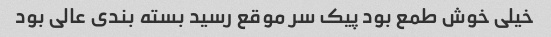
خیلی خوش طمع بود پیک سر موقع رسید بسته بندی عالی بود